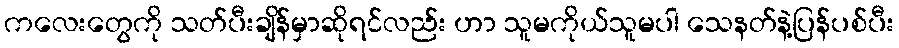
ကလေးတွေကို သတ်ပီးချိန်မှာဆိုရင်လည်း ဟာ သူမကိုယ်သူမပါ သေနတ်နဲ့ပြန်ပစ်ပီး